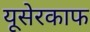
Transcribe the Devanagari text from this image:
यूसेरकाफ